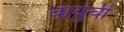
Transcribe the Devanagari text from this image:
वायुंची